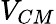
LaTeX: V_{CM}